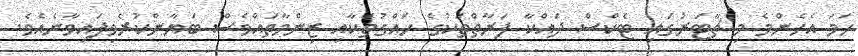
ހަމަ އެހެންމެ މި ޗާޓަރުގައި ޓެކްސް ދައްކާ ފަރާތްތަކުގެ ހައްގުތަކާއި ޒިންމާތައްވެސް ބަޔާންކުރެވިފައިވާނެއެވެ.